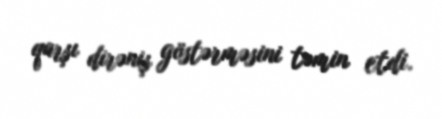
qarşı dirəniş göstərməsini təmin etdi.